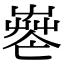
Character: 𦱺